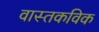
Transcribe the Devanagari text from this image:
वास्तकविक